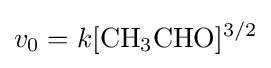
v_{0}=k[{\ce {CH3CHO}}]^{3/2}